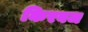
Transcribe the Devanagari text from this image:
किरवज